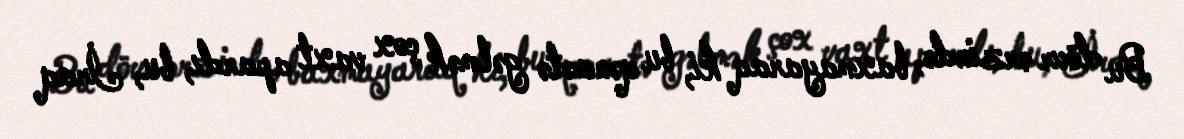
Bu dövr ərzində, baxmayaraq ki, bu qənaətə gəlmək çox vaxt apardı, bu, İraq